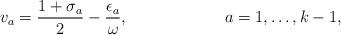
LaTeX: \begin{align*} &v_a=\frac{1+\sigma_a}2-\frac{\epsilon_a}{\omega}, &&a=1,\ldots,k-1,\end{align*}